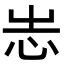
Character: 𢗍